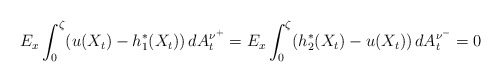
\begin{align*}E_{x}\int_{0}^{\zeta}(u(X_{t})-h_{1}^{*}(X_{t}))\,dA_{t}^{\nu^{+}}=E_{x}\int_{0}^{\zeta}(h_{2}^{*}(X_{t})-u(X_{t}))\,dA_{t}^{\nu^{-}}=0\end{align*}